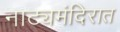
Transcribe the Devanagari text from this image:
नाट्यमंदिरात